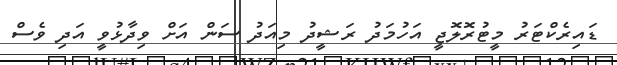
ޑައިރެކްޓަރު މީޓުރޮލޮޖީ އަހުމަދު ރަޝީދު މިއަދު ސަން އަށް ވިދާޅުވީ އަދި ވެސް